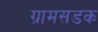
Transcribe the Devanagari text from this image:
ग्रामसडक